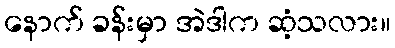
နောက် ခန်းမှာ အဲဒါက ဆံ့သလား။